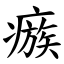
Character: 瘯